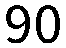
90